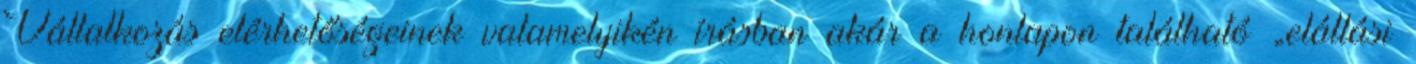
Vállalkozás elérhetőségeinek valamelyikén írásban akár a honlapon található „elállási